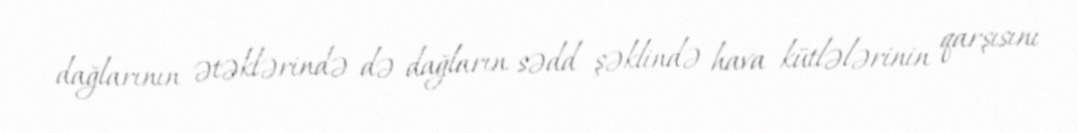
dağlarının ətəklərində də dağların sədd şəklində hava kütlələrinin qarşısını